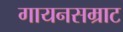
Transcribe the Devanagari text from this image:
गायनसम्राट